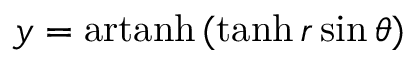
y = \operatorname { a r t a n h } \, ( \operatorname { t a n h } r \sin \theta )